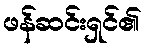
ဖန်ဆင်းရှင်၏